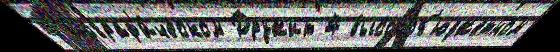
б'иограф'и́ческом Дружит 4 высокоб'юджетном